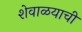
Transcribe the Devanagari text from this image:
शेवाळयाची